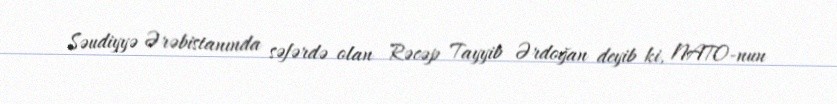
Səudiyyə Ərəbistanında səfərdə olan Rəcəp Tayyib Ərdoğan deyib ki, NATO-nun